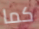
كما